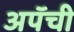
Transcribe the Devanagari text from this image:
अपॅची